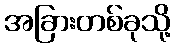
အခြားတစ်ခုသို့